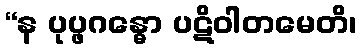
“န ပုပ္ဖဂန္ဓော ပဋိဝါတမေတိ၊